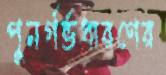
পুনর্গর্ভধারণের